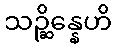
သဉ္ဆိန္နေဟိ